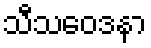
သီသဝေဒနာ